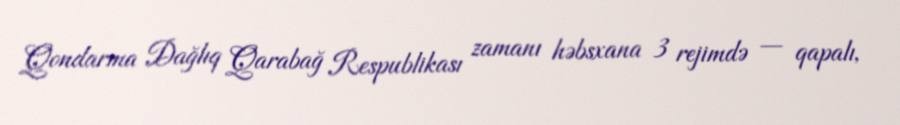
Qondarma Dağlıq Qarabağ Respublikası zamanı həbsxana 3 rejimdə — qapalı,